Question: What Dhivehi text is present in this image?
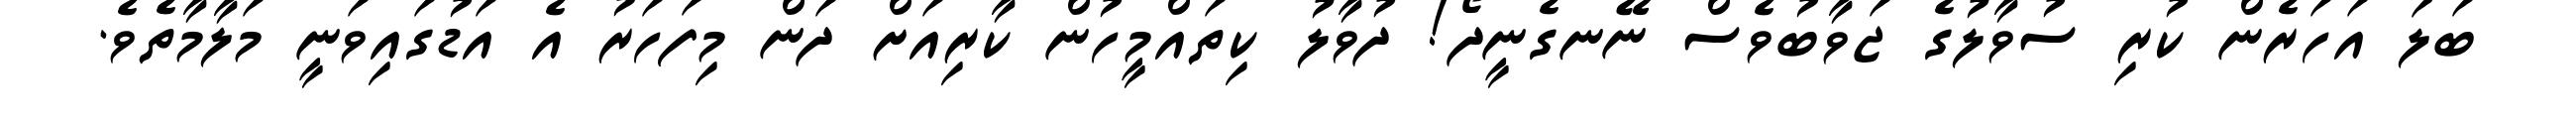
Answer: ބަލަ އަހަރެން ކުރި ސުވާލުގެ ޖަވާބުވެސް ނޭނގެނީދޯ! ދުވާލު ކިތައްމީހުން ކާރިއަށް ދަން މިފަހަރު އެ އަޑުގައިވަނީ މަލާމާތެވެ.